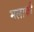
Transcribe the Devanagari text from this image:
मलाकी